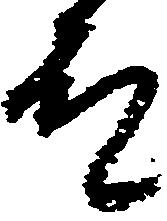
殿